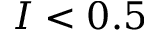
I < 0 . 5